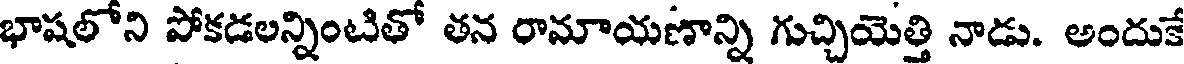
భాషలోని పోకడలన్నింటితో తన రామాయణాన్ని గుచ్చియెత్తి నాడు. అందుకే